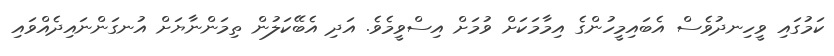
ކަމުގައި ވީހިނދުވެސް އެބައިމީހުންގެ އިމާމަކަށް ވުމަށް އިސްވީމެވެ. އަދި އެބޭކަލުން ތިމަންނާޔަށް އުނގަންނައިދެއްވައި